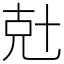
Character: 兙